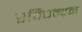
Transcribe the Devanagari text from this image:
रविचन्द्रन